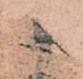
十